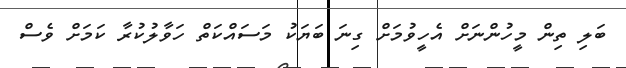
ބަލި ތިން މީހުންނަށް އެހީވުމަށް ގިނަ ބަޔަކު މަސައްކަތް ހަވާލުކުރާ ކަމަށް ވެސް